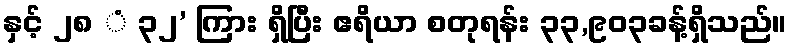
နှင့် ၂၈ ံ ၃၂’ ကြား ရှိပြီး ဧရိယာ စတုရန်း ၃၃,၉၀၃ခန့်ရှိသည်။